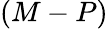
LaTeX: (M-P)